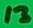
Text: 13